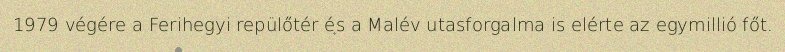
1979 végére a Ferihegyi repülőtér és a Malév utasforgalma is elérte az egymillió főt.